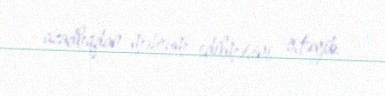
azadlıqdan məhrum edilməsini istəyib.